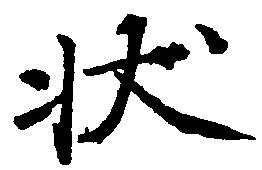
状